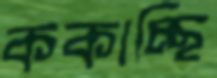
ককাচ্ছি